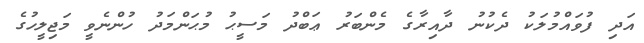
އަދި ފުވައްމުލަކު ދެކުނު ދާއިރާގެ މެންބަރު ޢަބްދު މަސީޙު މުޙަންމަދު ހުންނެވީ މަޖިލީހުގެ